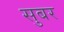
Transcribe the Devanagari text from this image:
सुबर